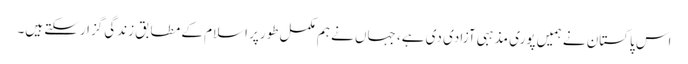
اس پاکستان نے ہمیں پوری مذہبی آزادی دی ہے، جہاں نے ہم مکمل طورپر اسلام کے مطابق زندگی گزارسکتے ہیں۔